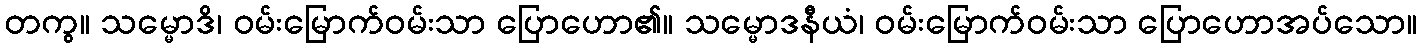
တကွ။ သမ္မောဒိ၊ ဝမ်းမြောက်ဝမ်းသာ ပြောဟော၏။ သမ္မောဒနီယံ၊ ဝမ်းမြောက်ဝမ်းသာ ပြောဟောအပ်သော။